Vaccine operations Central Provinces 1900-1911 - 1900-1911
Year: 1900
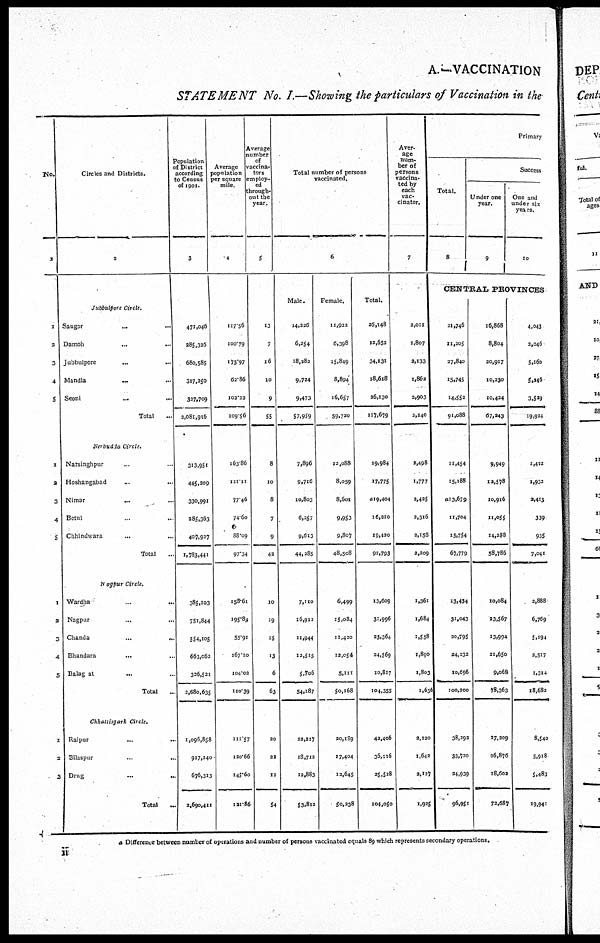
A.—VACCINATION
STATEMENT No. I.—Showing the particulars of Vaccination in the
No.
1
1
2
3
4
5
1
2
3
4
5
1
2
3
Circles and Districts.
2
Jubbulpore Circle.
Saugor
...
...
Damoh
...
...
Jubbulpore ... ...
Mandla ... ...
Seoni ... ...
Total ...
Nerbudda Circle.
Narsinghpur ... ...
Hoshangabad ... ...
Nimar
... ...
Betul ... ...
Chhindwara ... ...
Total ...
Nagpur Circle.
Wardha ... ...
Nagpur ... ...
Chanda
...
...
Bhandara
... ...
Balagat ... ...
Total ...
Chhattisgarh Circle.
Raipur ... ...
Bilaspur ... ...
Drug
...
...
Total ...
Population
of District
according
to Census
of 1901.
3
471,046
285,326
680,585
317,250
327,709
2,081,916
313,951
445,309
330,991
285,363
407,927
1,783,441
385,103
751,844
554,105
663,062
326,521
2,680,635
1,096,858
917,240
676,313
2,690,411
Average
population
per square
mile.
4
117.56
100.79
173.97
62.86
102.23
109.56
163.86
131.11
77.46
74.60
88.09
97.34
158.61
195.84
53.91
167.10
104.02
110.39
111.57
120.66
145.60
121.86
Average
number
of
vaccina-
tors
employ-
ed
through-
out the
year.
5
13
7
16
10
9
55
8
10
8
7
9
42
10
19
15
13
6
63
20
22
12
54
Total number of persons
vaccinated,
6
Male.
14,326
6,254
18,382
9,724
9,473
57,959
7,896
9,716
10,803
6,257
9,613
44,285
7,110
16,912
11,944
12,515
5,706
54,187
22,317
18,712
12,883
53,812
Female.
11,922
6,398
15,849
8,894
16,657
59,720
12,088
8,059
8,601
9,953
9,807
48,508
6,499
15,084
11,420
12,054
5,111
50,168
20,189
17,404
12,645
50,238
Total.
26,148
12,652
34,131
18,618
26,130
117,679
19,984
17,775
219,404
16,310
19,420
92,793
13,609
31,996
23,364
24,569
10,817
104,355
42,406
36,116
25,528
104,050
Aver¬
age
num-
ber of
persons
vaccina-
ted by
each
vac-
cinator.
7
3,011
1,807
2,133
1,862
2,003
2,140
2,498
1,777
2,425
2,316
2,158
2,209
1,361
1,684
1,558
1,890
1,803
1,656
2,120
1,642
2,127
1,925
Primary
Total.
8
Success
Under one
year.
9
One and
under six
years.
10
CENTRAL PROVINCES
21,746
11,205
27,840
15,745
14,552
91,088
11,454
15,188
213,679
11,704
15,754
67,779
13,434
31,043
20,795
34,333
10,696
100,200
38,292
33,720
24,939
96,951
16,868
8,804
20,917
10,230
10,424
67,243
9,949
12,578
10,916
11,055
14,288
58,786
10,084
33,567
13,994
21,650
9,068
78,363
27,209
36,876
18,602
72,687
4,043
2,046
5,160
5,146
3,529
19,924
1,422
1,932
3,413
339
935
7,041
2,888
6,769
5,194
3,517
1,314
18,682
8,540
5,918
5,483
19,941
* Difference between number of operations and number of persons vaccinated equals 89 which represents secondary operations.
ii